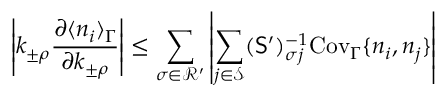
\left| k _ { \pm \rho } \frac { \partial \langle n _ { i } \rangle _ { \Gamma } } { \partial k _ { \pm \rho } } \right| \leq \sum _ { \sigma \in \mathcal { R } ^ { \prime } } \left| \sum _ { j \in \mathcal { S } } ( \mathsf { S } ^ { \prime } ) _ { \sigma j } ^ { - 1 } \mathrm { C o v } _ { \Gamma } \{ n _ { i } , n _ { j } \} \right|